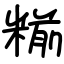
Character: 糋